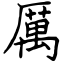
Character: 厲